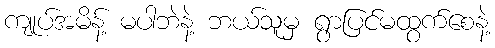
ကျုပ်အမိန့် မပါဘဲနဲ့ ဘယ်သူမှ ရွာပြင်မထွက်စေနဲ့